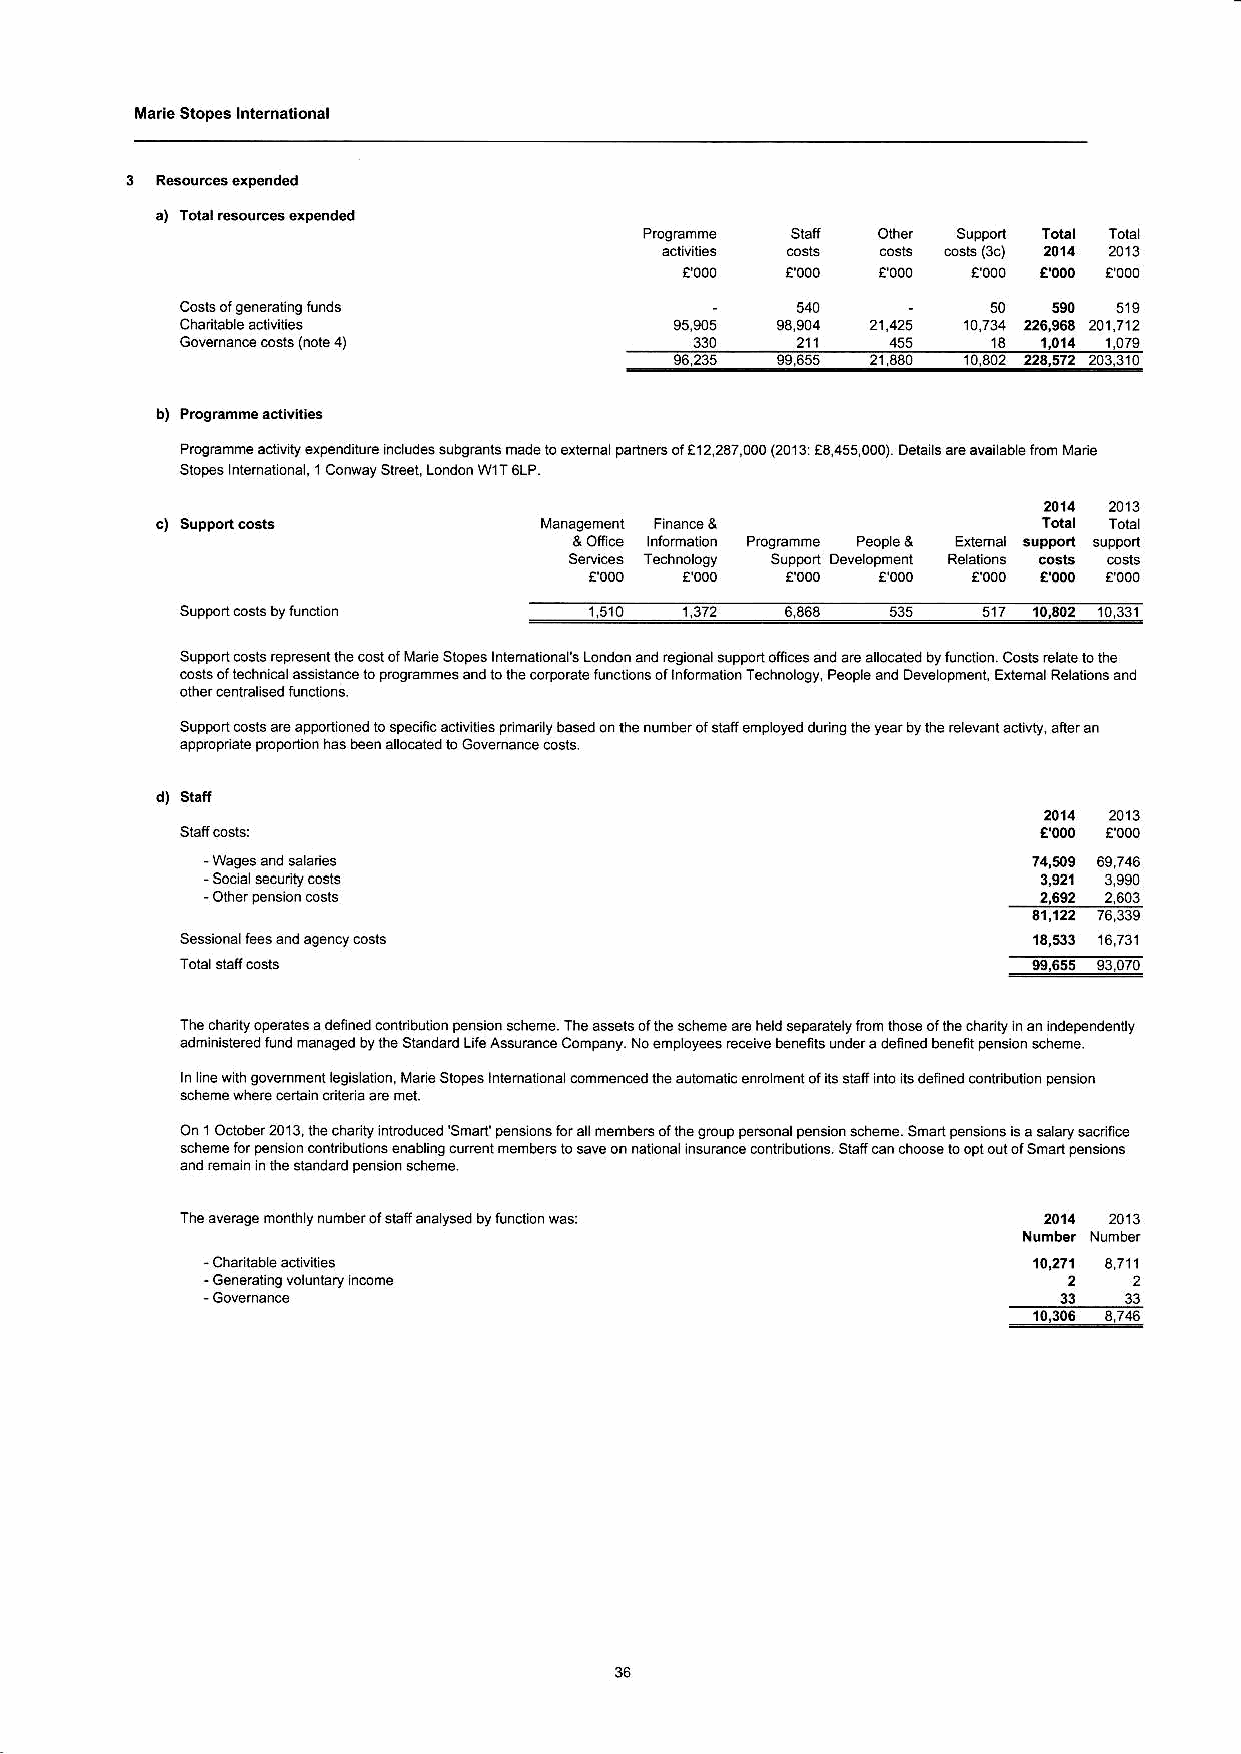
Marie stopes lnternational
 a) rotal Eourcos qpend€d
 olhs suppon Tot l Toral
 cosE 6rs (3c) 2014
 2A13
 E',OOO t',000 e,000
 a'000
 50  590
 51S
 14,734 226,96a 201,712
 13 1,014
 455           1,079
 10442 22A,fl2 2A3,31A
 Prcgramnea.tvtyerpeiditure ncudessubsranlsmadeloexlefna padiersofe122a7,000(20r3 43455000) Deta sareavaiabef6nM3ne
 Slop€s ntenatona,I Conway Srr€et London WIT 6LP
 2014
 2413
 Manasemenl Fnancea               Totat Totat
 & ofice nrormalon Proq€mme Peoole& Exlemal slrFort spDon
 Setui.esTechturosy Suppod Developmenl Relalions cGts @sls
 000  E000 4,000
 8              €,000
 f Mare Slopes rntematona's London and reoiona swpod oll ces and are anoGbd byluncron Cosls relale lo the
 esrsollechn.a asssrande 1o pro clrois ofrnrormalio. Technorogy Peopr. aid Derc opmenr ExtemarReralio s aid
 olher central s€d runcl ons
 Suppo'l cosls are appoi(oned to specific acliv tes prfrar y based on th€ numberorsrarrempoyed durnq rhe yea, by rhe reevanr ad vly afieran
 appioflate Drcp.rlioi has sen a
 2014
 2013
 2,692
 2.603
 Sessioia tees and aq.ncy cons
 9q65t
 '3070
 Th6 chadly op.6t65 a defrned conld bution pe6ion soheme. The assols of iho sch€m. .rc hsld s.paEi€ly lrom rhos of rh6 cha dry ln a n hdep€ nden y
 .dministecd lund manrged by tho S|ndad Lii6 Assurance Company. No emdoyees eceive beieib under a defied beneri pension $heme.
 ln line w lh goremme nt legislailon, [,lar € Slop€s lnl€ maflona com men@d lhe a ulofralic en.o fren1 of its slafi nto ls dei ied codribdion p€nsion
 $heme whee @dain cdler a ae met
 On 1 Ociober 2013, the chadv inircdu€d 'Sman p6ns om for all membeG of lhe !@up peEonal pension scheme. Smad pensiois is a satary eoifc
 *h6m€ for p€ns on mnhbullons enablinq cufent membeE to saw on mional lnsumnco mnrdbutons. sratr €n choG6 ro opt out of sman pensrons
 and en.id i lhe $andad pension schom€.
 The averale month y nufrber o, sbrr ana ysed by runcton was:
 . Generalln9 volunlary ncohe                             22
 1OJO6 &?46